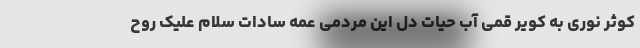
کوثر نوری به کویر قمی آب حیات دل این مردمی عمه سادات سلام علیک روح